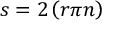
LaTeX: s = 2 \left( r \pi n \right)